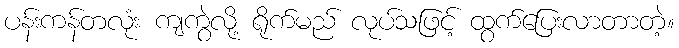
ပန်းကန်တလုံး ကျကွဲလို့ ရိုက်မည် လုပ်သဖြင့် ထွက်ပြေးလာတာတဲ့။